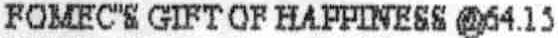
FOMEC"S GIFT OF HAPPINESS @64.15